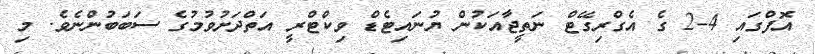
އޮފްގައި 4-2 ގެ އެގްރިގޭޓް ނަތީޖާއަކުން ޔުނައިޓެޑް ވިކްޓްރީ އަތްދަށުވުމުގެ ސަބަބުންނެވެ. މި